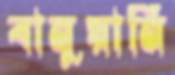
বানুয়ানি